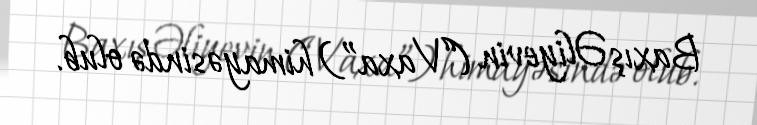
Baxış Əliyevin (“Vaxa”) himayəsində olub.